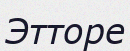
Этторе